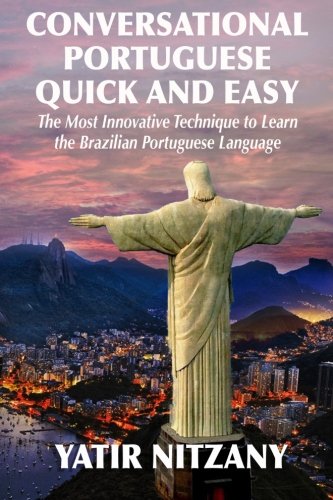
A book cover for Conversational Portuguese Quick and Easy: The Most Innovative Technique to Learn the Brazilian Portuguese Language. For Beginners, Intermediate, and Advanced Speakers; Yatir Nitzany; Travel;